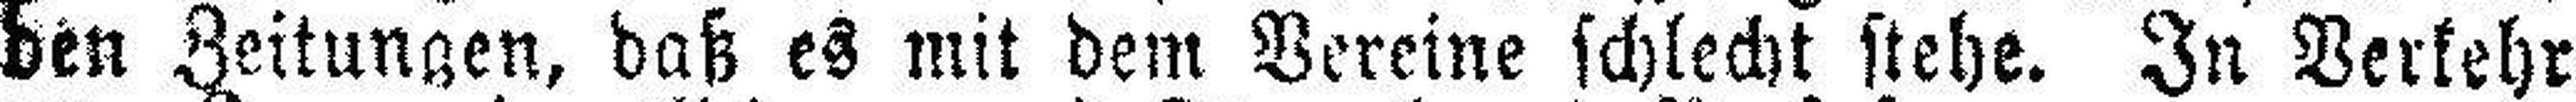
den Zeitungen, daß es mit dem Vereine schlecht stehe. In Verkehr